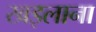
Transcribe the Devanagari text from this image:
खइलाना